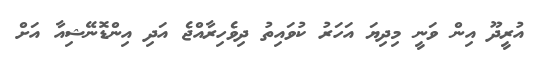
އުރީދޫ އިން ވަނީ މިދިޔަ އަހަރު ކުވައިތު ދިވެހިރާއްޖެ އަދި އިންޑޮނޭޝިއާ އަށް